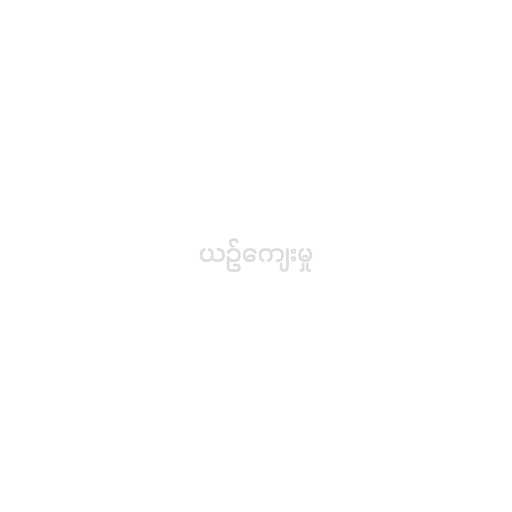
ယဉ်ကျေးမှု